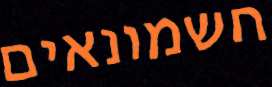
חשמונאים